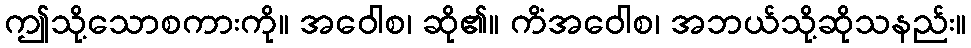
ဤသို့သောစကားကို။ အဝေါစ၊ ဆို၏။ ကိံအဝေါစ၊ အဘယ်သို့ဆိုသနည်း။